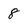
Character: 8